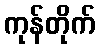
ကုန်တိုက်